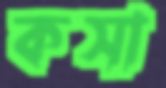
কসা